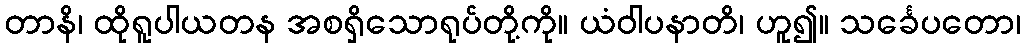
တာနိ၊ ထိုရူပါယတန အစရှိသောရုပ်တို့ကို။ ယံဝါပနာတိ၊ ဟူ၍။ သင်္ခေပတော၊